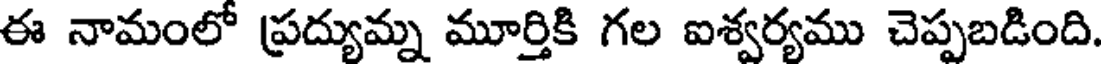
ఈ నామంలో ప్రద్యుమ్న మూర్తికి గల ఐశ్వర్యము చెప్పబడింది.